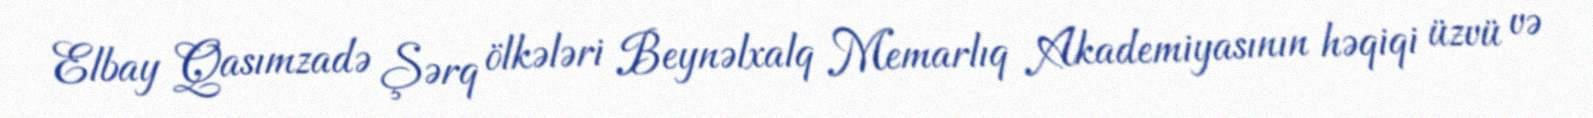
Elbay Qasımzadə Şərq ölkələri Beynəlxalq Memarlıq Akademiyasının həqiqi üzvü və